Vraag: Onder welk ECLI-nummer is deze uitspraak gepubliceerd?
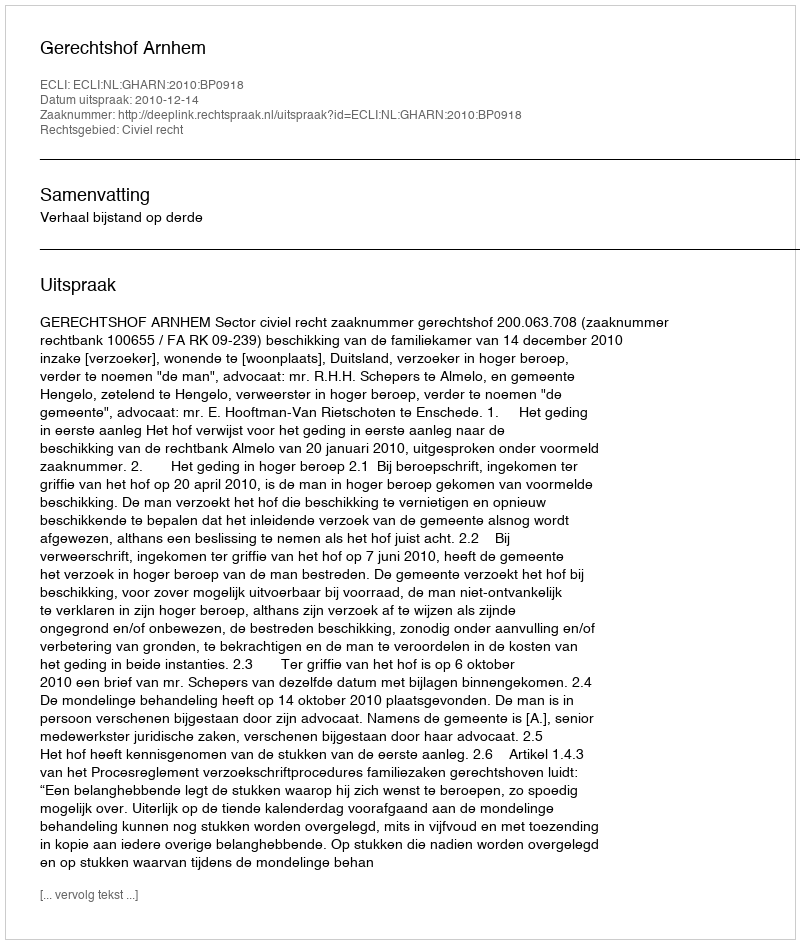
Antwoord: ECLI:NL:GHARN:2010:BP0918